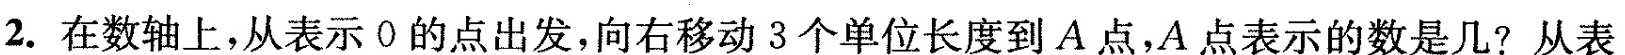
2.在数轴上，从表示0的点出发，向右移动3个单位长度到A点，A点表示的数是几?从表